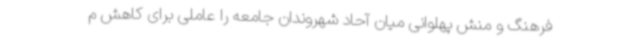
فرهنگ و منش پهلوانی میان آحاد شهروندان جامعه را عاملی برای کاهش م